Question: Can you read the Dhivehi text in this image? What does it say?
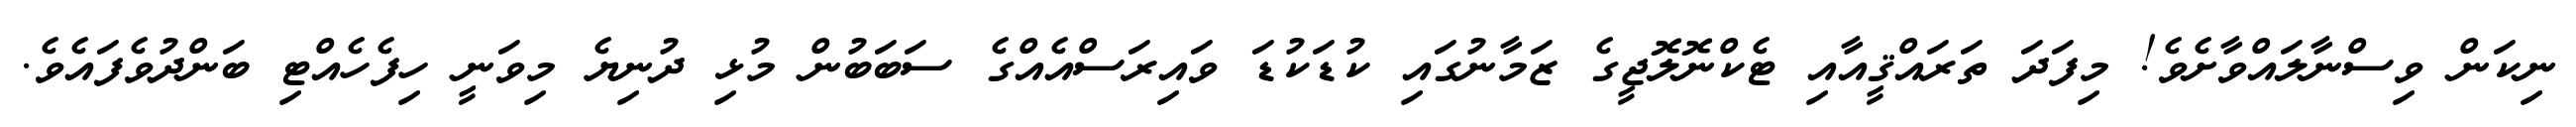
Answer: ނިކަން ވިސްނާލައްވާށެވެ! މިފަދަ ތަރައްޤީއާއި ޓެކްނޮލޮޖީގެ ޒަމާނުގައި ކުޑަކުޑަ ވައިރަސްއެއްގެ ސަބަބުން މުޅި ދުނިޔެ މިވަނީ ހިފެހެއްޓި ބަންދުވެފައެވެ.